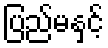
ပြည်မနှင့်